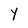
Character: y